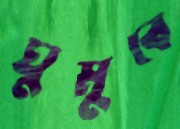
ঘুমুবে